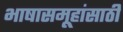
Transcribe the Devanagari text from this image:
भाषासमूहांसाठी